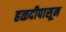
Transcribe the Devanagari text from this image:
हळदीपासून